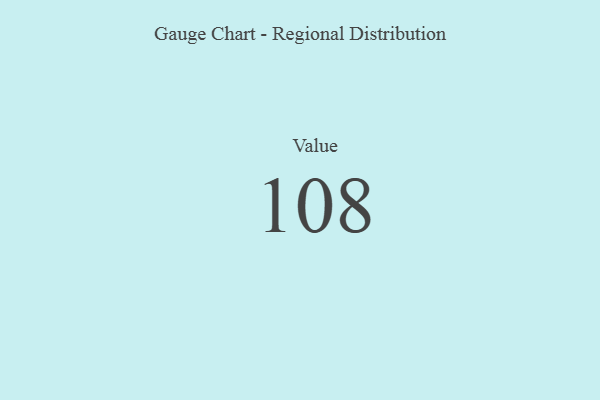
{"axis": {"x": "Metric", "y": "Value"}, "legend": [""], "data": [{"x": "Value", "y": 108, "type": ""}]}